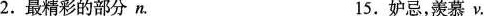
2.最精彩的部分n. 15.妒忌，羡慕ν.